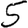
Digit: 5